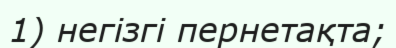
1) негізгі пернетақта;